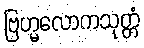
ဗြဟ္မလောကသုတ္တံ